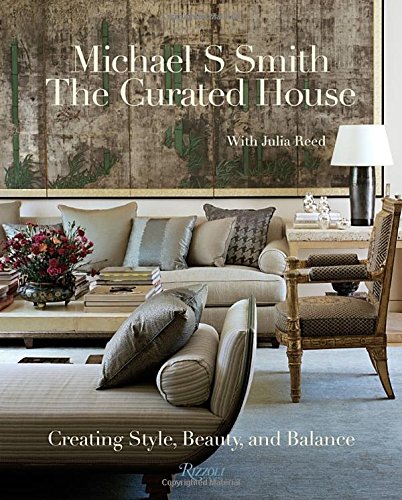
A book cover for The Curated House: Creating Style, Beauty, and Balance; Michael S. Smith; Crafts, Hobbies & Home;